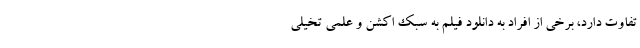
تفاوت دارد، برخی از افراد به دانلود فیلم به سبک اکشن و علمی تخیلی